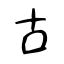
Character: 古